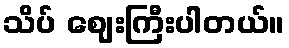
သိပ် ဈေးကြီးပါတယ်။